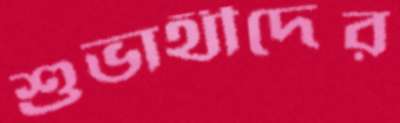
শুভার্থীদের